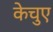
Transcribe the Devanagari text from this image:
केचुए